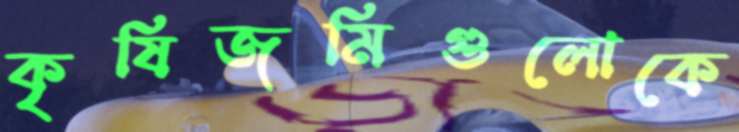
কৃষিজমিগুলোকে